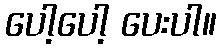
ပေါ့ပေါ့ ပေးပါ။